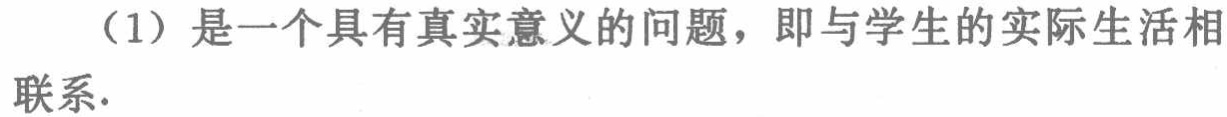
（1）是一个具有真实意义的问题，即与学生的实际生活相联系.